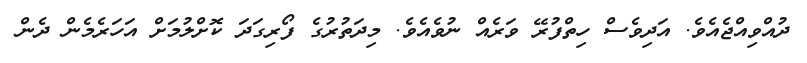
ދުއްވިއްޖެއެވެ. އަދިވެސް ހިތްފުރޭ ވަރެއް ނުވެއެވެ. މިދަތުރުގެ ފޯރިގަދަ ކޮށްލުމަށް އަހަރެމެން ދެން